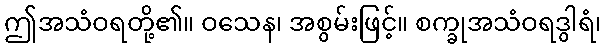
ဤအသံဝရတို့၏။ ဝသေန၊ အစွမ်းဖြင့်။ စက္ခုအသံဝရဒွါရံ၊